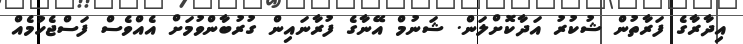
އިދާރާގެ ފަރާތުން ޝުކުރު އަދާކޮށްލަން. ޝަނުމް އޭނާގެ ފުރާނައިން ގުރުބާންވުމަށް އެއްވެސް ފަސްޖެހުމެއް